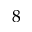
8